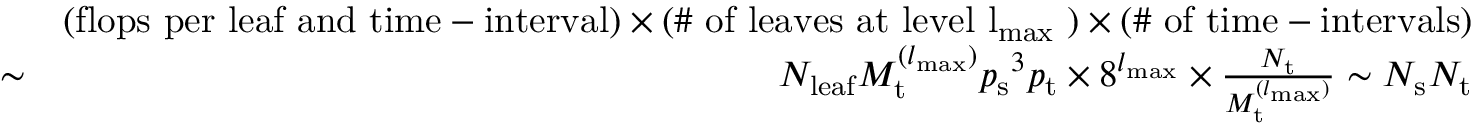
\begin{array} { r l r } & { } & { ( \mathrm { f l o p s ~ p e r ~ l e a f ~ a n d ~ t i m e - i n t e r v a l } ) \times ( \mathrm { \# ~ o f ~ l e a v e s ~ a t ~ l e v e l ~ { l _ { { \mathrm { m a x } } } } ~ } ) \times ( \mathrm { \# ~ o f ~ t i m e - i n t e r v a l s } ) } \\ & { \sim } & { N _ { { \mathrm { l e a f } } } M _ { \mathrm { t } } ^ { ( { l _ { { \mathrm { m a x } } } } ) } { p _ { \mathrm { s } } } ^ { 3 } { p _ { \mathrm { t } } } \times 8 ^ { { l _ { { \mathrm { m a x } } } } } \times \frac { N _ { \mathrm { t } } } { M _ { \mathrm { t } } ^ { ( { l _ { { \mathrm { m a x } } } } ) } } \sim N _ { \mathrm { s } } N _ { \mathrm { t } } } \end{array}